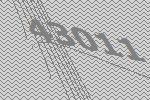
43011